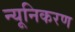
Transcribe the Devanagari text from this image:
न्यूनिकरण